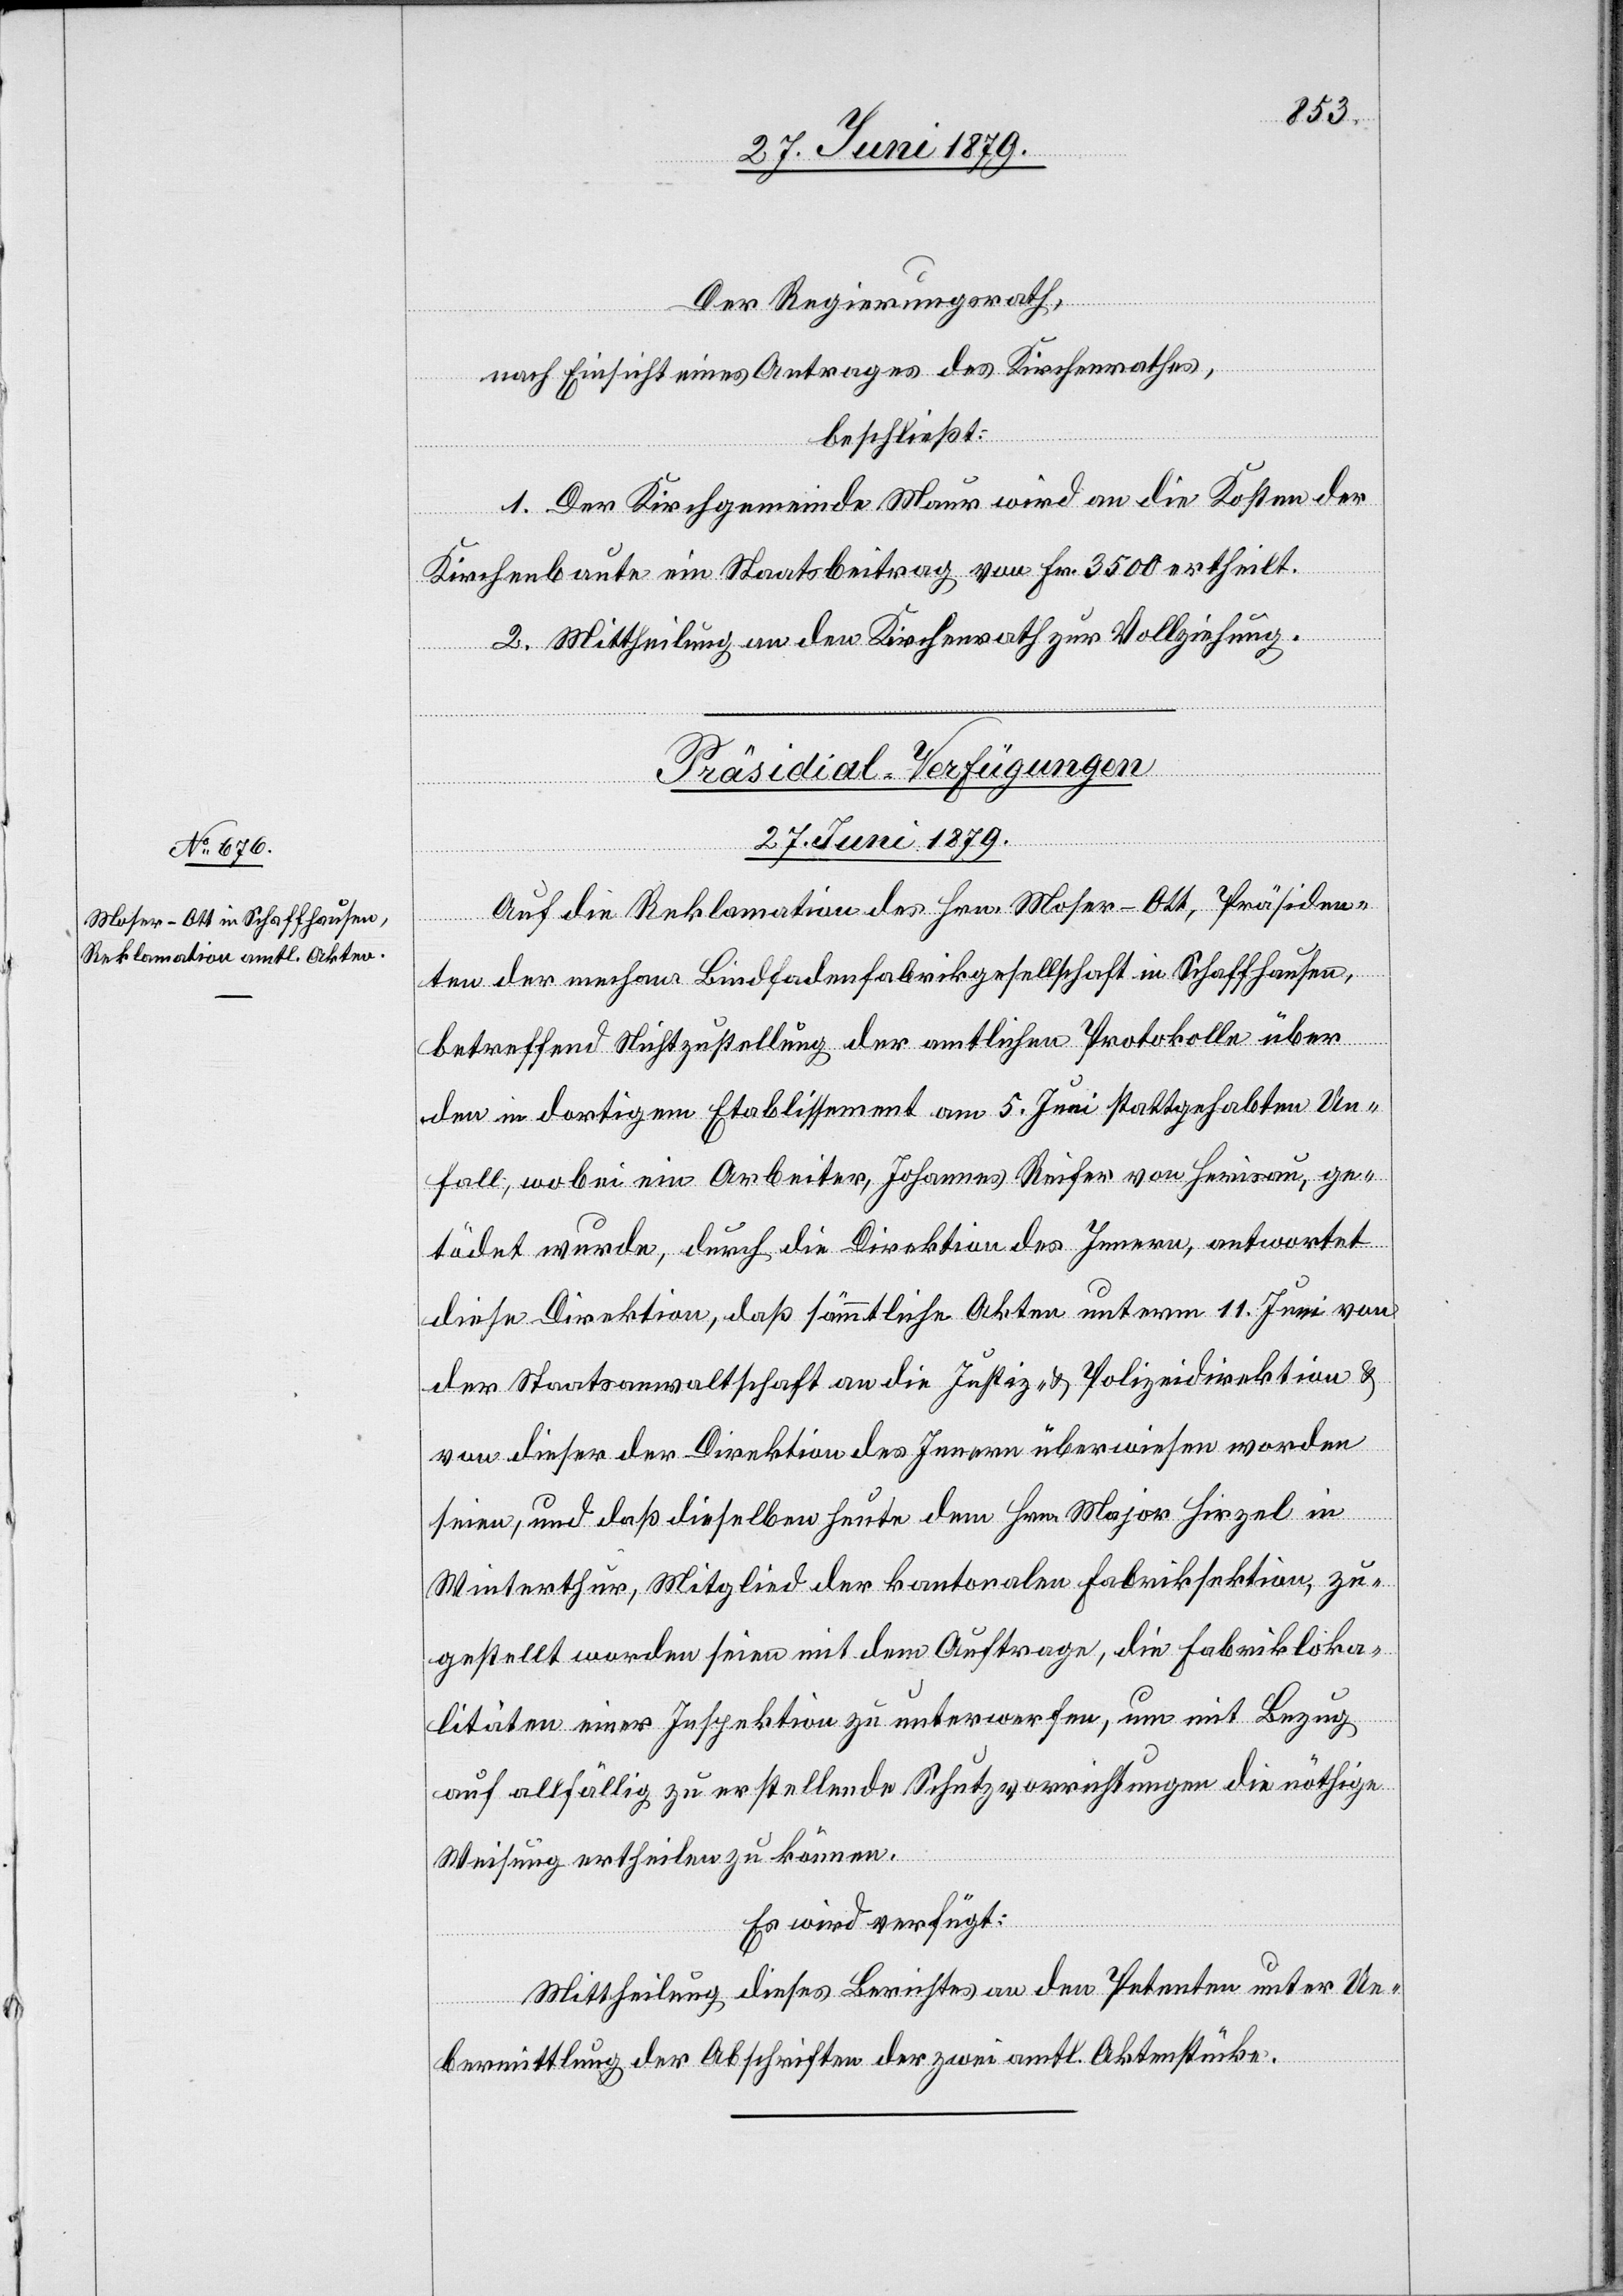
27. Juni 1879.
Der Regierungsrath,
nach Einsicht eines Antrages des Kirchenrathes,
beschließt:
1. Der Kirchgemeinde Maur wird an die Kosten der
Kirchenbaute ein Staatsbeitrag von Fr. 3500 ertheilt.
2. Mittheilung an den Kirchenrath zur Vollziehung.
Präsidial-Verfügungen
Auf die Reklamation des Hrn. Moser-Ott, Präsiden¬
ten der mechan. Bindfadenfabrikgesellschaft in Schaffhausen,
betreffend Nichtzustellung der amtlichen Protokolle über
den in dortigem Etablissement am 5. Juni stattgehabten Un¬
fall, wobei ein Arbeiter, Johannes Reifer von Herisau, ge¬
tödet wurde, durch die Direktion des Innern, antwortet
diese Direktion, daß sämmtliche Akten unterm 11. Juni von
der Staatsanwaltschaft an die Justiz- & Polizeidirektion &
von dieser der Direktion des Innern überwiesen worden
seien, und daß dieselben heute dem Hrn. Major Hirzel in
Winterthur, Mitglied der kantonalen Fabriksektion, zu¬
gestellt worden seien mit dem Auftrage, die Fabrikloka¬
litäten einer Inspektion zu unterwerfen, um mit Bezug
auf allfällig zu erstellende Schutzvorrichtungen die nöthige
Weisung ertheilen zu können.
Es wird verfügt:
Mittheilung dieses Berichtes an den Petenten unter Ue¬
bermittlung der Abschriften der zwei amtl. Aktenstücke.